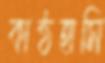
কাষ্ঠহাসি